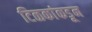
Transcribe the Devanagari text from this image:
टिळकांकडून